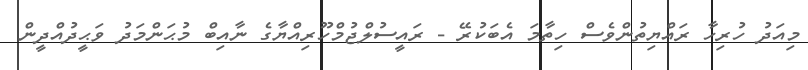
މިއަދު ހުރިހާ ރައްޔިތުންވެސް ހިތާމަ އެބަކުރޭ - ރައީސުލްޖުމްހޫރިއްޔާގެ ނާއިބް މުޙަންމަދު ވަޙީދުއްދީން